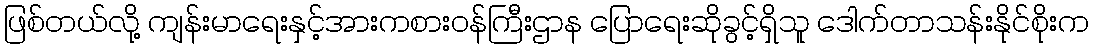
ဖြစ်တယ်လို့ ကျန်းမာရေးနှင့်အားကစားဝန်ကြီးဌာန ပြောရေးဆိုခွင့်ရှိသူ ဒေါက်တာသန်းနိုင်စိုးက